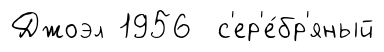
Джоэл 1956 с'ер'е́бр'яный